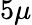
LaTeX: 5\mu